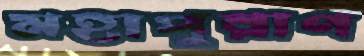
মহাপুরাণ